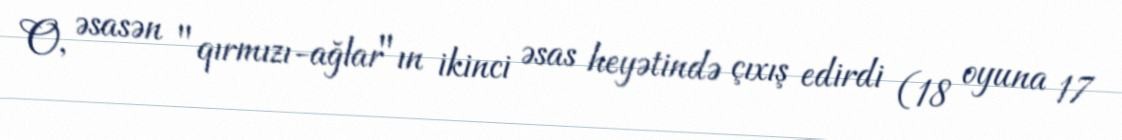
O, əsasən "qırmızı-ağlar"ın ikinci əsas heyətində çıxış edirdi (18 oyuna 17